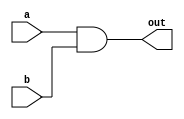
module top_module( 
    input a, 
    input b, 
    output out );
    //and and1(out, a, b); //gate level
	assign out = a&b; //dataflow level
endmodule